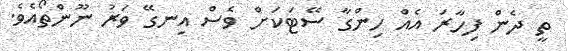
ތީ ދެން ފިހާރަ އެއް ހިންގާ ސޭޓަކަށް ވެސް އިނގޭ ވަރު ނޫންތޯއެވެ.